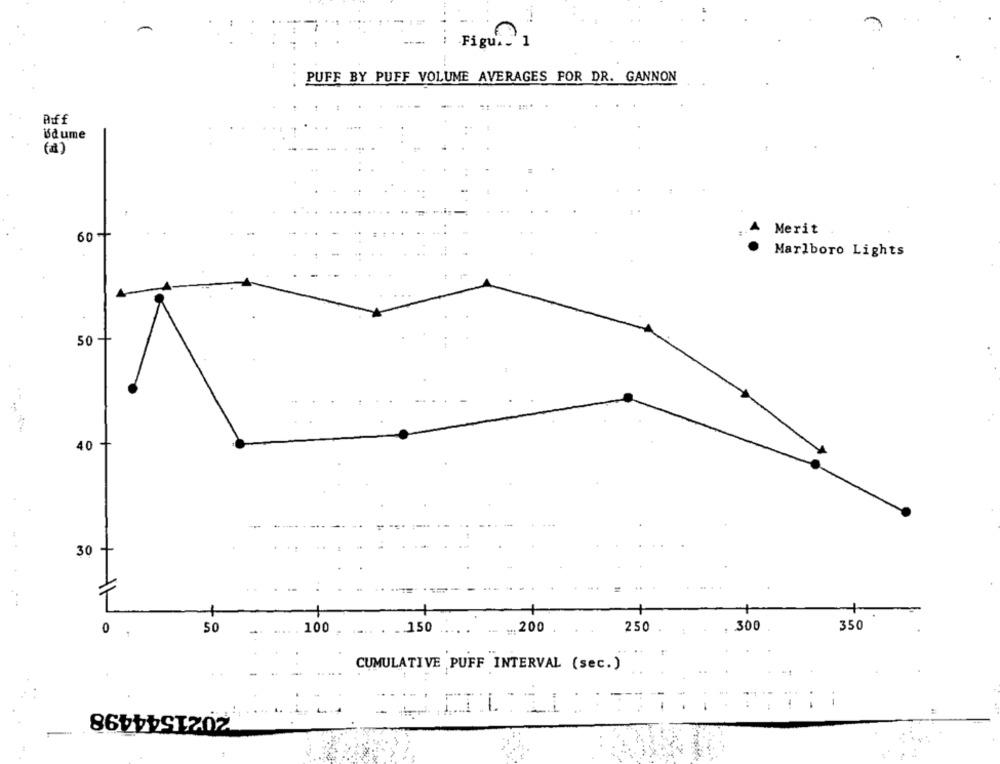
Figu .. '1
PUFF BY PUFF VOLUME AVERAGES FOR DR. GANNON
Aiff
5dume
Merit
60
Marlboro Lights
50
40
30 -
300
350
0
.
50
100
.. 150
... 200
250
CUMULATIVE PUFF INTERVAL (sec.)
2021544498